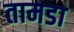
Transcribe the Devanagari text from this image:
तामडा